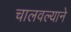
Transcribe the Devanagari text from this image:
चालवल्याने